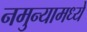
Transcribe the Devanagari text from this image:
नमुन्यामध्ये